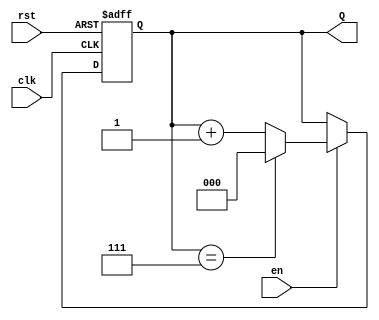
module up_counter (
    input wire clk,        // Clock input
    input wire en,        // Enable input
    input wire rst,       // Asynchronous reset input
    output reg [2:0] Q    // 3-bit output for the counter (max value 7)
);

    // Initialize the counter to zero on reset
    always @(posedge clk or posedge rst) begin
        if (rst) begin
            Q <= 3'b000; // Reset the counter to 0
        end else if (en) begin
            if (Q == 3'b111) begin
                Q <= 3'b000; // Wrap around to 0 if max value is reached
            end else begin
                Q <= Q + 1; // Increment the counter
            end
        end
    end

endmodule